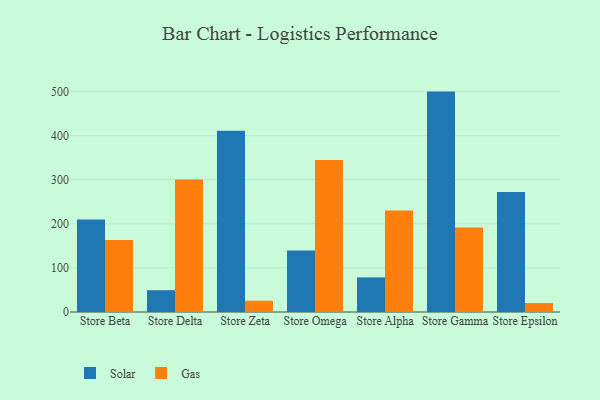
{"axis": {"x": "Store", "y": "Temperature (°C)"}, "legend": ["Gas", "Solar"], "data": [{"x": "Store Beta", "y": 209.8, "type": "Solar"}, {"x": "Store Beta", "y": 163.3, "type": "Gas"}, {"x": "Store Delta", "y": 49.5, "type": "Solar"}, {"x": "Store Delta", "y": 300.7, "type": "Gas"}, {"x": "Store Zeta", "y": 411.2, "type": "Solar"}, {"x": "Store Zeta", "y": 25.6, "type": "Gas"}, {"x": "Store Omega", "y": 139.3, "type": "Solar"}, {"x": "Store Omega", "y": 344.5, "type": "Gas"}, {"x": "Store Alpha", "y": 78.5, "type": "Solar"}, {"x": "Store Alpha", "y": 230.1, "type": "Gas"}, {"x": "Store Gamma", "y": 499.8, "type": "Solar"}, {"x": "Store Gamma", "y": 191.8, "type": "Gas"}, {"x": "Store Epsilon", "y": 271.9, "type": "Solar"}, {"x": "Store Epsilon", "y": 20.3, "type": "Gas"}]}